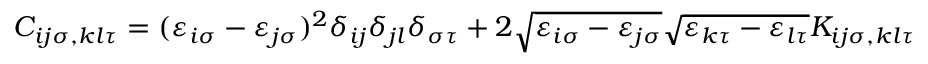
C _ { i j \sigma , k l \tau } = ( \varepsilon _ { i \sigma } - \varepsilon _ { j \sigma } ) ^ { 2 } \delta _ { i j } \delta _ { j l } \delta _ { \sigma \tau } + 2 \sqrt { \varepsilon _ { i \sigma } - \varepsilon _ { j \sigma } } \sqrt { \varepsilon _ { k \tau } - \varepsilon _ { l \tau } } K _ { i j \sigma , k l \tau }